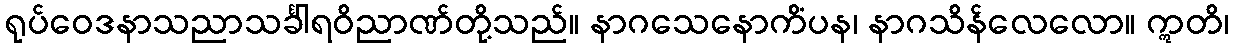
ရုပ်ဝေဒနာသညာသင်္ခါရဝိညာဏ်တို့သည်။ နာဂသေနောကိံပန၊ နာဂသိန်လေလော။ ဣတိ၊